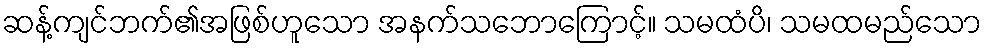
ဆန့်ကျင်ဘက်၏အဖြစ်ဟူသော အနက်သဘောကြောင့်။ သမထံပိ၊ သမထမည်သော